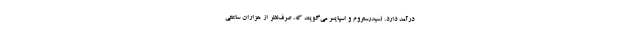
درآمد دارد. (سیدرستروم و اسپایسر می‌گویند که، صرف‌نظر از هزاران ساعتی